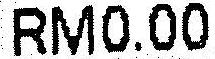
RM0.00